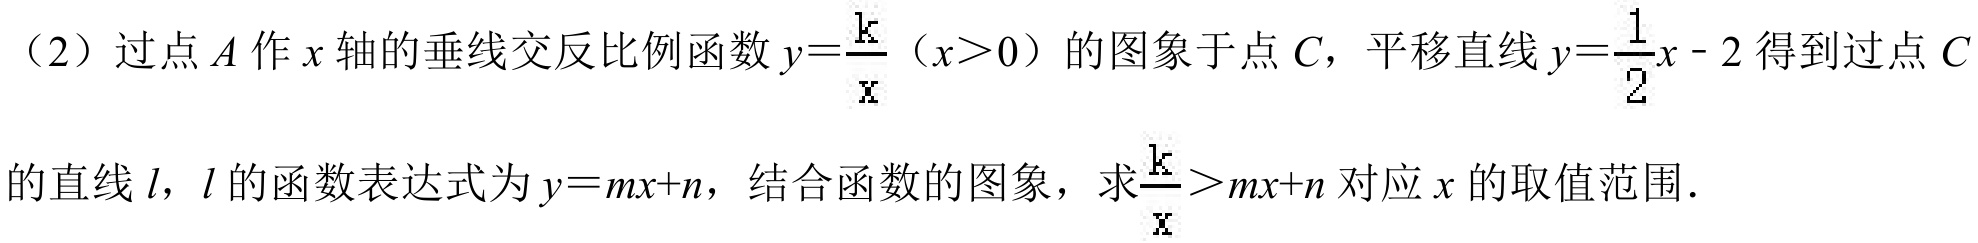
（2）过点\(A\)作\(x\)轴的垂线交反比例函数\(y = \frac{k}{x}\)（\(x>0\)）的图象于点\(C\)，平移直线\(y=\frac{1}{2}x - 2\)得到过点\(C\)
的直线\(l\)，\(l\)的函数表达式为\(y = mx + n\)，结合函数的图象，求\(\frac{k}{x}>mx + n\)对应\(x\)的取值范围．